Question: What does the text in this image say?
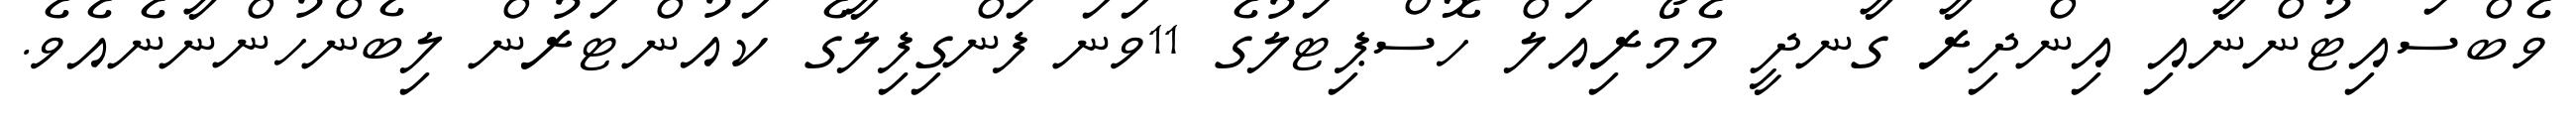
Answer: ވެބްސައިޓުންނާއި އިންދިރާ ގާނދީ މެމޯރިއަލް ހޮސްޕިޓަލުގެ 11ވަނަ ފަންގިފިލާގެ ކައުންޓަރުން ލިބެންހުންނާނެއެވެ.